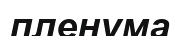
пленума